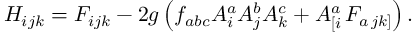
H _ { i j k } = F _ { i j k } - 2 g \left( f _ { a b c } A _ { i } ^ { a } A _ { j } ^ { b } A _ { k } ^ { c } + A _ { \left[ i \right. } ^ { a } F _ { a \left. j k \right] } \right) .